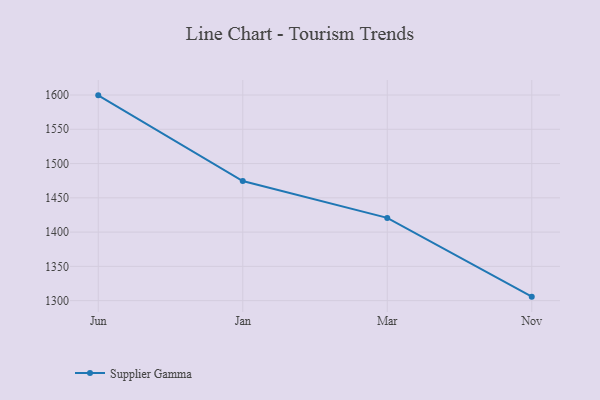
{"axis": {"x": "Month", "y": "Energy Usage (MWh)"}, "legend": ["Supplier Gamma"], "data": [{"x": "Jun", "y": 1599.5, "type": "Supplier Gamma"}, {"x": "Jan", "y": 1474.4, "type": "Supplier Gamma"}, {"x": "Mar", "y": 1420.7, "type": "Supplier Gamma"}, {"x": "Nov", "y": 1305.8, "type": "Supplier Gamma"}]}